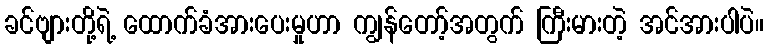
ခင်ဗျားတို့ရဲ့ ထောက်ခံအားပေးမှုဟာ ကျွန်တော့်အတွက် ကြီးမားတဲ့ အင်အားပါပဲ။